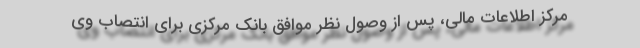
مرکز اطلاعات مالی، پس از وصول نظر موافق بانک مرکزی برای انتصاب وی